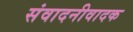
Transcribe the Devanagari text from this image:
संवादनीवादक